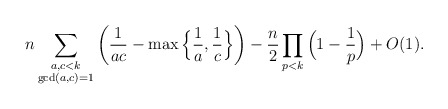
\begin{align*}n\sum_{\substack{a,c<k\\\gcd(a,c)=1}}\left(\frac1{ac}-\max\Big\{\frac1a,\frac1c\Big\}\right)-\frac n2\prod_{p<k}\Big(1-\frac1p\Big)+O(1).\end{align*}